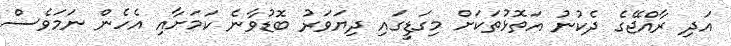
އަދި ރާއްޖޭގެ ދެކުނު އަތޮޅުތަކަށް މިގަޑީގައި ދިޔަވަރު ބޮޑުވާނެ ކަމަށާއި އެހެން ނަމަވެސް